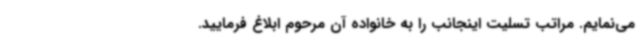
می‌نمایم. مراتب تسلیت اینجانب را به خانواده آن مرحوم ابلاغ فرمایید.